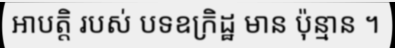
អាបត្តិ របស់ បទឧក្រិដ្ឋ មាន ប៉ុន្មាន ។